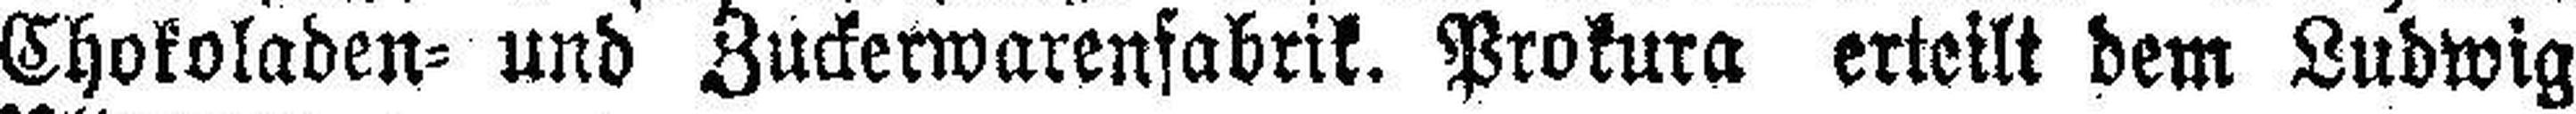
Chokoladen= und Zuckerwarenfabrik. Prokura erteilt dem Ludwig